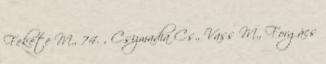
Fekete M., 74. , Csizmadia Cs., Vass M., Forgács